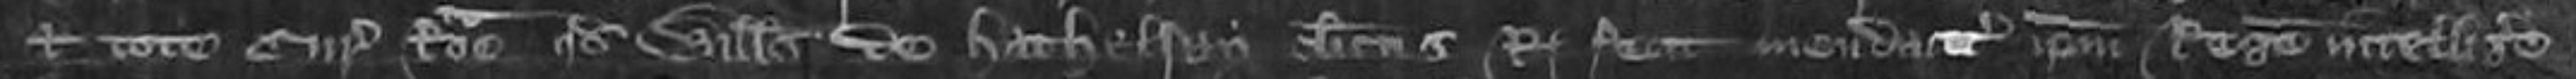
et tote curie Rome quod Willelmus de Hathelsay clericus Regis fecit mendaciter ipsum Regem intelligere